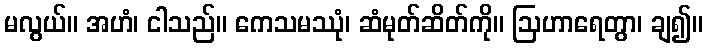
မလွယ်။ အဟံ၊ ငါသည်။ ကေသမဿုံ၊ ဆံမုတ်ဆိတ်ကို။ ဩဟာရေတွာ၊ ချ၍။